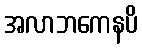
အလာဘကေနပိ